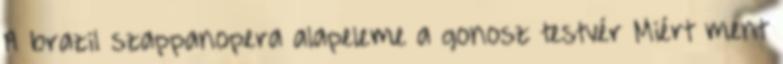
A brazil szappanopera alapeleme a gonosz testvér Miért ment